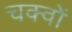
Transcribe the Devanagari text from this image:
चक्वों